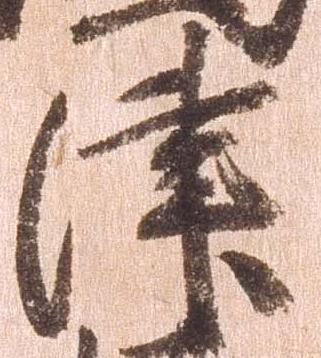
津